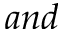
a n d